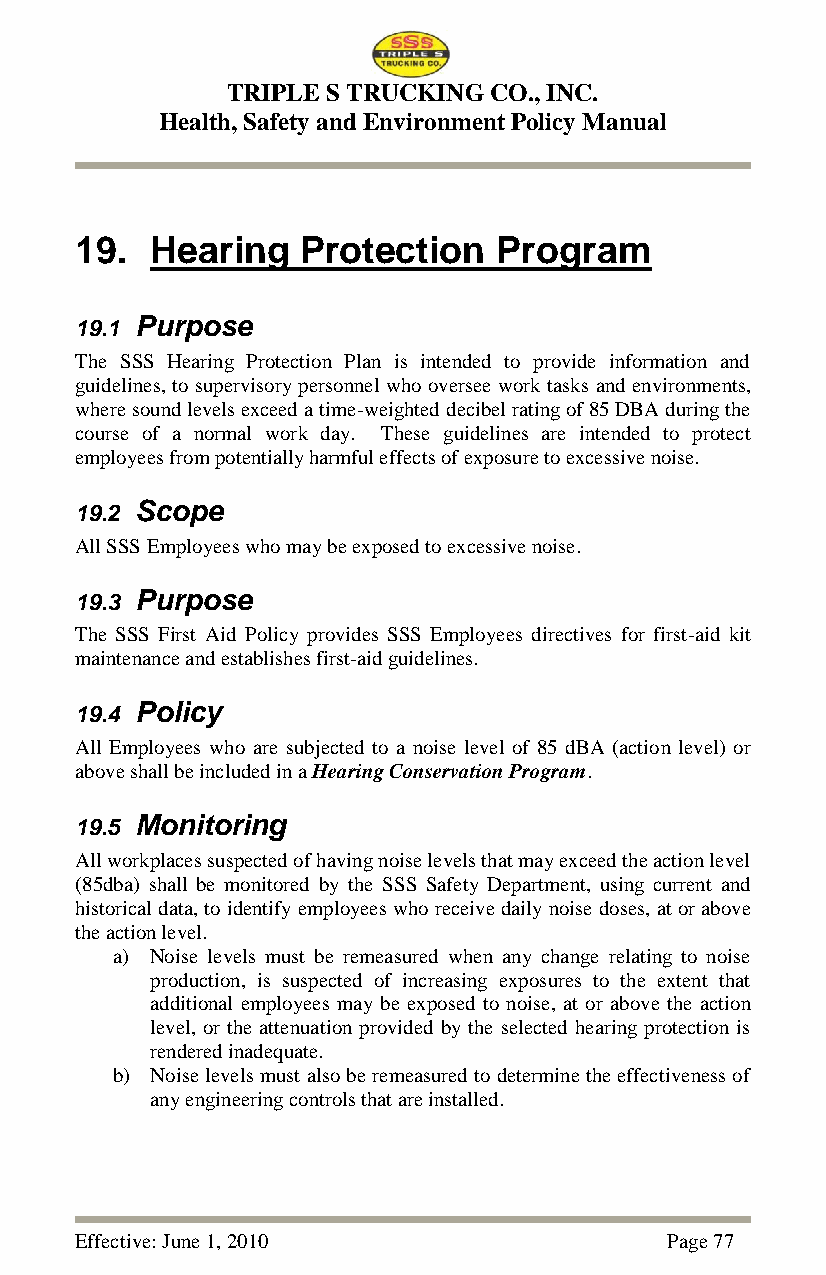
TRIPLE S TRUCKING CO., INC.
 Health, Safety and Environment Policy Manual
 19.  Hearing   Protection   Program
 19.1 Purpose
 The SSS Hearing Protection Plan is intended to provide information and
 guidelines, to supervisory personnel who oversee work tasks and environments,
 where sound levels exceed a time-weighted decibel rating of 85 DBA during the
 course of a normal work day. These guidelines are intended to protect
 employees from potentially harmful effects of exposure to excessive noise.
 19.2 Scope
 All SSS Employees who may be exposed to excessive noise.
 19.3 Purpose
 The SSS First Aid Policy provides SSS Employees directives for first-aid kit
 maintenance and establishes first-aid guidelines.
 19.4 Policy
 All Employees who are subjected to a noise level of 85 dBA (action level) or
 above shall be included in a Hearing Conservation Program.
 19.5 Monitoring
 All workplaces suspected of having noise levels that may exceed the action level
 (85dba) shall be monitored by the SSS Safety Department, using current and
 historical data, to identify employees who receive daily noise doses, at or above
 the action level.
 a) Noise levels must be remeasured when any change relating to noise
 production, is suspected of increasing exposures to the extent that
 additional employees may be exposed to noise, at or above the action
 level, or the attenuation provided by the selected hearing protection is
 rendered inadequate.
 b) Noise levels must also be remeasured to determine the effectiveness of
 any engineering controls that are installed.
 Effective: June 1, 2010                Page 77